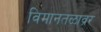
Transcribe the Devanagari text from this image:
विमानतळाव्रर